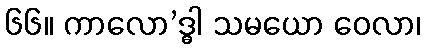
၆၆။ ကာလော’ဒ္ဓါ သမယော ဝေလာ၊